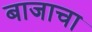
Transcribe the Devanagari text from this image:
बाजाचा